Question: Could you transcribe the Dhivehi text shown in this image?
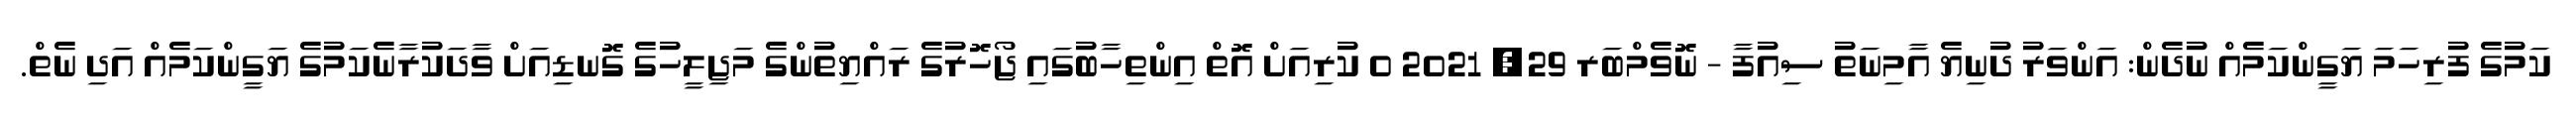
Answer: ކަމުގެ ފުރިހަމަ ޔަގީންކަމެއް ނުދެން: އަންވަރު ދުނިޔެ އާމިނަތު ސިއުފާ - ނޮވެމްބަރ 29, 2021 0 ކުރިއަށް އޮތް އިންތިހާބުގައި ޖޯހޮރުގެ ރައްޔިތުންގެ މަޖިލީހުގެ ގޮނޑިއަށް ވާދަކުރާނެކަމުގެ ޔަގީންކަމެއް އަދި ނެތް.